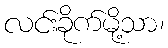
လင်းခိုက်မို့သာ၊